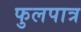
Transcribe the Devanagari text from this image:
फुलपात्र